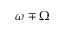
\omega \mp \Omega